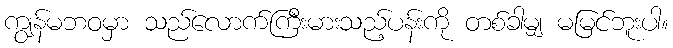
ကျွန်မဘဝမှာ သည်လောက်ကြီးမားသည့်ပန်းကို တစ်ခါမျှ မမြင်ဘူးပါ။